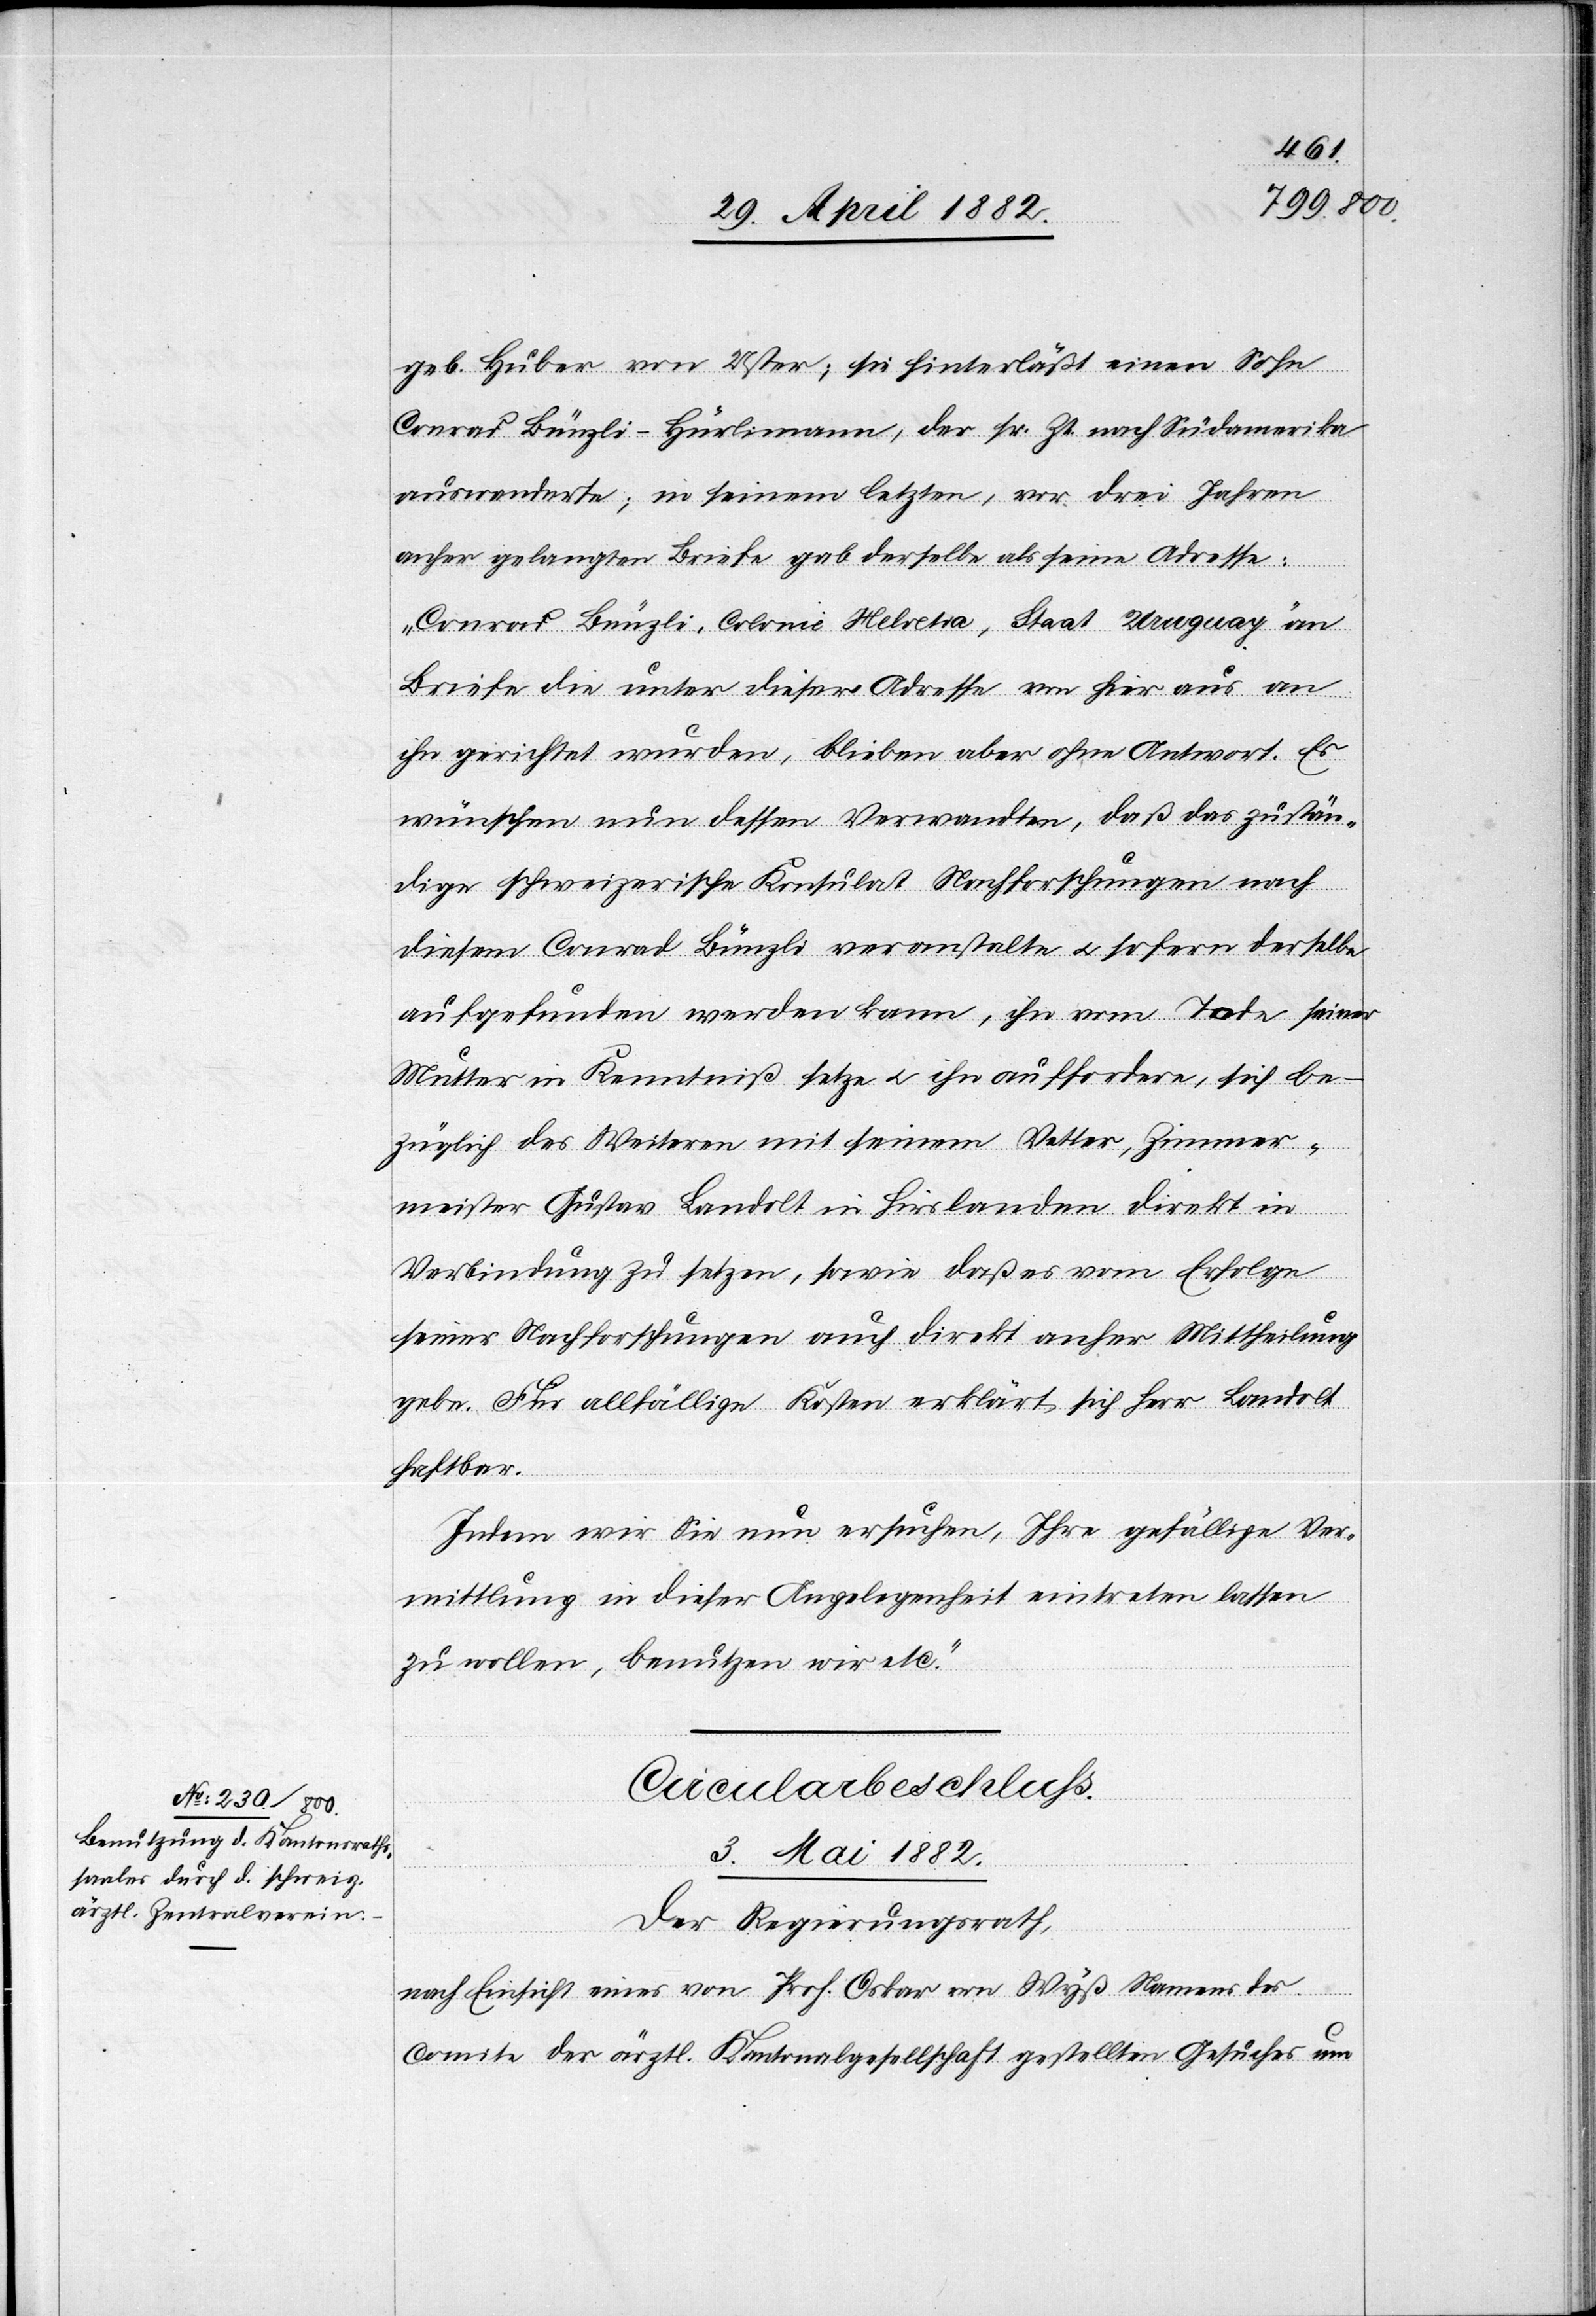
geb. Huber von Uster; sie hinterläßt einen Sohn
Conrad Bünzli-Hürlimann, der sr. Zt. nach Südamerika
auswanderte; in seinem letzten, vor drei Jahren
anher gelangten Briefe gab derselbe als seine Adresse:
„Conrad Bünzli, Colonie Helvetia, Staat Uruguay“ an.
Briefe die unter dieser Adresse von hier aus an
ihn gerichtet wurden, blieben aber ohne Antwort. Es
wünschen nun dessen Verwandte, daß das zustän¬
dige schweizerische Konsulat Nachforschungen nach
diesem Conrad Bünzli veranstalte u. sofern derselbe
aufgefunden werden kann, ihn vom Tode seiner
Mutter in Kenntniß setze u. ihn auffordere, sich be¬
züglich des Weiteren mit seinem Vetter, Zimmer¬
meister Gustav Landolt in Hirslanden direkt in
Verbindung zu setzen, sowie daß es vom Erfolge
seiner Nachforschungen auch direkt anher Mittheilung
gebe. Für allfällige Kosten erklärt sich Herr Landolt
haftbar.
Indem wir Sie nun ersuchen, Ihre gefällige Ver¬
mittlung in dieser Angelegenheit eintreten lassen
zu wollen, benutzen wird etc.“
Circularbeschluß.
3. Mai 1882.
Der Regierungsrath,
nach Einsicht eines von Prof. Oskar von Wyß Namens des
Comite der ärztl. Kantonalgesellschaft gestellten Gesuches um